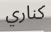
كناري